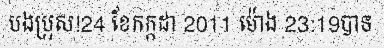
បងប្រុស!24 ខែកក្កដា 2011 ម៉ោង 23:19បាទ